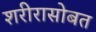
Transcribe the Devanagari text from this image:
शरीरासोबत